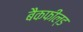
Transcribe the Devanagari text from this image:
बैकफील्ड